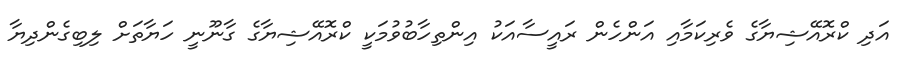
އަދި ކްރޮއޭޝިޔާގެ ވެރިކަމާއި އަންހެން ރައީސާއަކު އިންތިހާބުވުމަކީ ކްރޮއޭޝިޔާގެ ގާނޫނީ ހަޔާތަށް ލިބިގެންދިޔާ